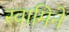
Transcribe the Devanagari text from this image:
स्वामिने